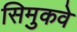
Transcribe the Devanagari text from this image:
सिमुकवे